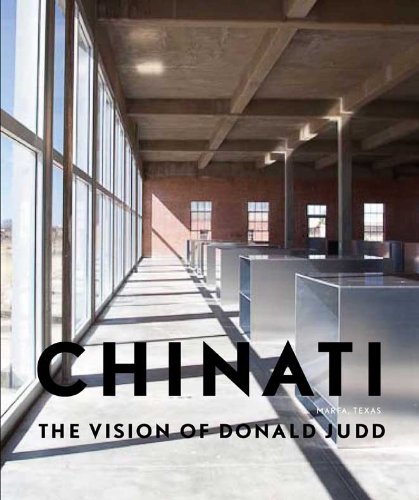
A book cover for Chinati: The Vision of Donald Judd; Arts & Photography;